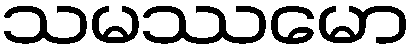
သမဿမော